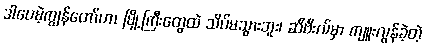
ဒါပေမဲ့ကျွန်တော်ဟာ မြို့ကြီးတွေထဲ သိပ်မသွားဘူး၊ ဆီဗီးလ်မှာ ကျူးလွန်ခဲ့တဲ့